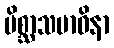
မိစ္ဆာသမာဓိနာ